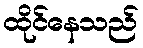
ထိုင်နေသည်